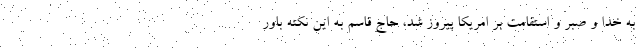
به خدا و صبر و استقامت بر امریکا پیروز شد، حاج قاسم به این نکته باور